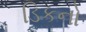
ડિકનો